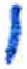
אות: י